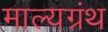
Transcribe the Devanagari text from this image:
माल्यग्रंथ